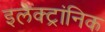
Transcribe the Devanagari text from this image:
इलेक्ट्रांनिक